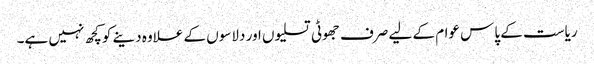
ریاست کے پاس عوام کے لیے صرف جھوٹی تسلیوں اور دلاسوں کے علاوہ دینے کوکچھ نہیں ہے۔